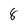
Character: 8